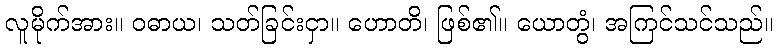
လူမိုက်အား။ ဝဓာယ၊ သတ်ခြင်းငှာ။ ဟောတိ၊ ဖြစ်၏။ ယောတွံ၊ အကြင်သင်သည်။